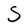
Character: S